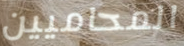
المحاميين